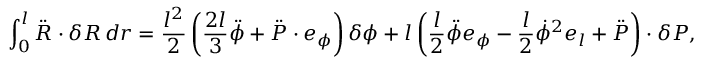
\int _ { 0 } ^ { l } \ddot { \boldsymbol { R } } \cdot \delta \boldsymbol { R } \, d r = \frac { l ^ { 2 } } { 2 } \left( \frac { 2 l } { 3 } \ddot { \phi } + \ddot { \boldsymbol { P } } \cdot \boldsymbol { e } _ { \phi } \right) \delta \phi + l \left( \frac { l } { 2 } \ddot { \phi } \boldsymbol { e } _ { \phi } - \frac { l } { 2 } \dot { \phi } ^ { 2 } \boldsymbol { e } _ { l } + \ddot { \boldsymbol { P } } \right) \cdot \delta \boldsymbol { P } ,